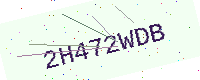
Text: 2H472WDB